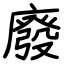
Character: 廢